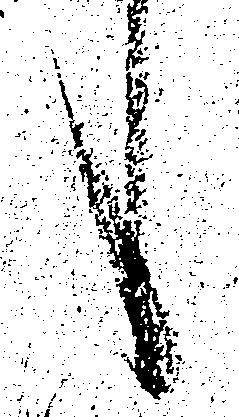
言